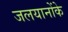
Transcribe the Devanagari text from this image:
जलयानोंके